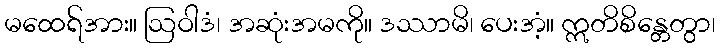
မထေရ်အား။ ဩဝါဒံ၊ အဆုံးအမကို။ ဒဿာမိ၊ ပေးအံ့။ ဣတိစိန္တေတွာ၊